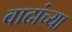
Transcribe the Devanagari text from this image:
वादांच्या